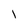
Character: l